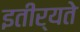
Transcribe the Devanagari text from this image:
इतीर्यते